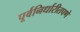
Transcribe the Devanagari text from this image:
पूर्वनिर्धारीतपणे